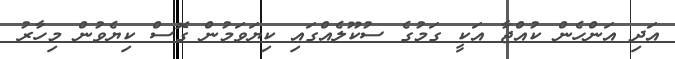
އަދި އަންހެން ކުއްޖާ އަކީ ގަމުގެ ސުކޫލެއްގައި ކިޔަވަމުން ގޮސް ކިޔެވުން މިހާރު